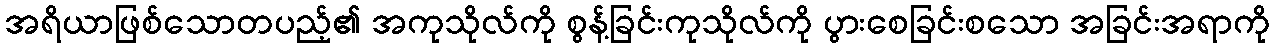
အရိယာဖြစ်သောတပည့်၏ အကုသိုလ်ကို စွန့်ခြင်းကုသိုလ်ကို ပွားစေခြင်းစသော အခြင်းအရာကို